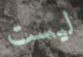
ليست